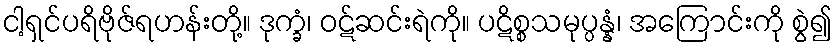
ငါ့ရှင်ပရိဗိုဇ်ရဟန်းတို့။ ဒုက္ခံ၊ ဝဋ်ဆင်းရဲကို။ ပဋိစ္စသမုပ္ပန္နံ၊ အကြောင်းကို စွဲ၍